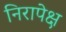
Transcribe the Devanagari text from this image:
निरापेक्ष